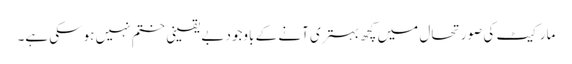
مارکیٹ کی صورتحال میں کچھ بہتری آنے کے باوجود بے یقینی ختم نہیں ہوسکی ہے۔